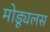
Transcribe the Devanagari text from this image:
मोड्यूलस